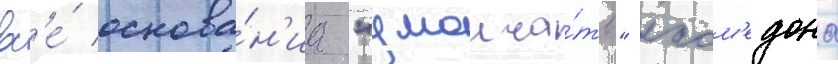
вс'е́ основа́н'иа "умолча́ть" лаом'едона